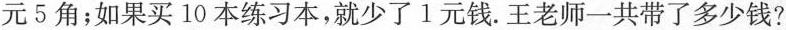
元5角；如果买10本练习本，就少了1元钱.王老师一共带了多少钱?